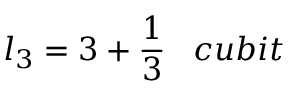
l _ { 3 } = 3 + { \frac { 1 } { 3 } } \; \; \; c u b i t